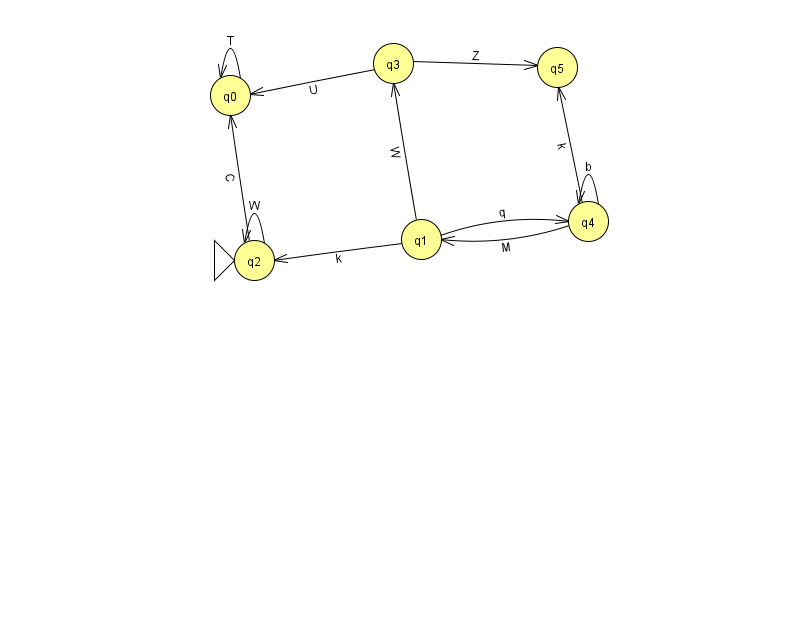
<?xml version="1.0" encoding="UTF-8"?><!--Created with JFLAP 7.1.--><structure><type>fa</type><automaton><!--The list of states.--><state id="0" name="q0"><x>230.0</x><y>82.0</y></state><state id="1" name="q1"><x>421.0</x><y>226.0</y></state><state id="2" name="q2"><x>254.0</x><y>247.0</y><initial/></state><state id="3" name="q3"><x>393.0</x><y>50.0</y></state><state id="4" name="q4"><x>588.0</x><y>208.0</y></state><state id="5" name="q5"><x>557.0</x><y>54.0</y></state><!--The list of transitions.--><transition><from>4</from><to>4</to><read>b</read></transition><transition><from>4</from><to>1</to><read>M</read></transition><transition><from>0</from><to>0</to><read>T</read></transition><transition><from>3</from><to>0</to><read>U</read></transition><transition><from>1</from><to>2</to><read>k</read></transition><transition><from>1</from><to>3</to><read>W</read></transition><transition><from>2</from><to>2</to><read>W</read></transition><transition><from>4</from><to>5</to><read>k</read></transition><transition><from>3</from><to>5</to><read>Z</read></transition><transition><from>1</from><to>4</to><read>q</read></transition><transition><from>2</from><to>0</to><read>C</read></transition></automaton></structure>